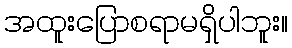
အထူးပြောစရာမရှိပါဘူး။